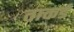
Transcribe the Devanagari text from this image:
ताकर्ड